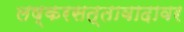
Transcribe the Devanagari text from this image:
लष्करसत्तावादावर